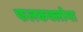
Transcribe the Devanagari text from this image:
फलकक्लोमा